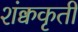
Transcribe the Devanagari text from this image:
शंक्वकृती